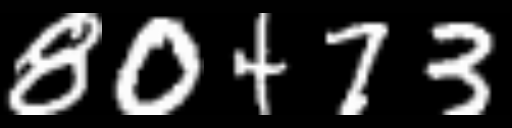
Text: 80473